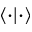
\langle \cdot \vert \cdot \rangle